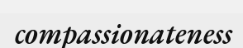
compassionateness